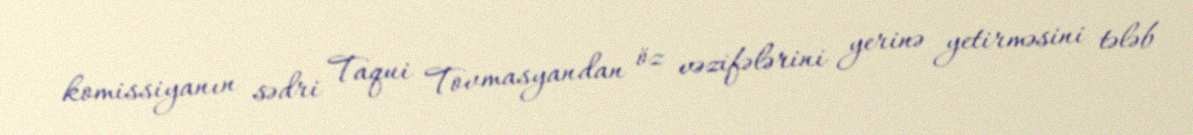
komissiyanın sədri Taqui Tovmasyandan öz vəzifələrini yerinə yetirməsini tələb